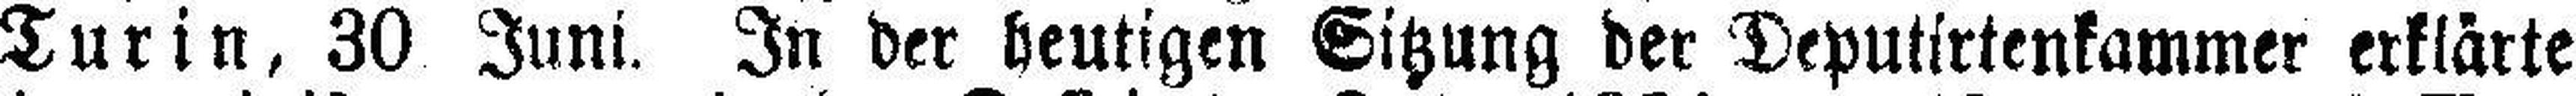
Turin, 30 Juni. In der heutigen Sitzung der Deputirtenkammer erklärte